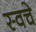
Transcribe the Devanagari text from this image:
स्वचे